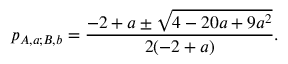
p _ { { A , a } ; { B , b } } = \frac { - 2 + a \pm \sqrt { 4 - 2 0 a + 9 a ^ { 2 } } } { 2 ( - 2 + a ) } .